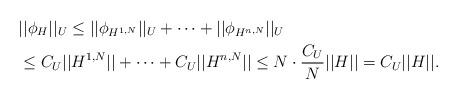
LaTeX: \begin{align*}&||\phi_H||_U\leq||\phi_{H^{1,N}}||_U+\cdots+ ||\phi_{H^{n,N}}||_U\\& \leq C_U||H^{1,N}||+\cdots+ C_U||H^{n,N}||\leq N\cdot \frac{C_U}{N}||H||=C_U||H||.\end{align*}